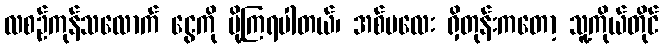
လစဉ်ကုန်သလောက် ငွေကို ပို့ကြရပါတယ်၊ အစ်မလေး ရှိတုန်းကတော့ သူ့ကိုယ်တိုင်